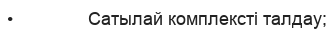
•               Сатылай комплексті талдау;